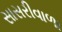
સાસરીવાળા